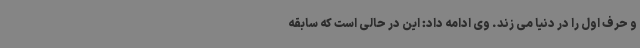
و حرف اول را در دنیا می زند. وی ادامه داد: این در حالی است که سابقه